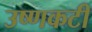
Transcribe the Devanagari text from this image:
उष्णकटी